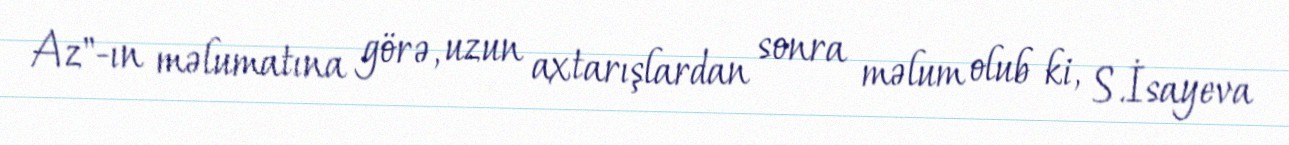
Az"-ın məlumatına görə, uzun axtarışlardan sonra məlum olub ki, S.İsayeva